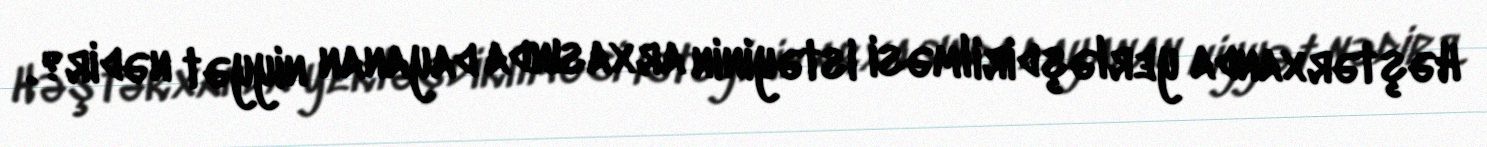
Həştərxanda yerləşdirilməsi istəyinin arxasında dayanan niyyət nədir?.